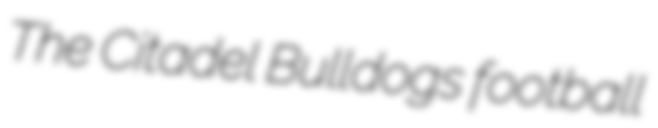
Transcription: The Citadel Bulldogs football